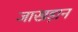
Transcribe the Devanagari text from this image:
जाखड़ान